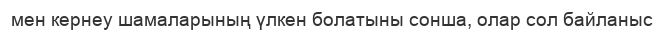
мен кернеу шамаларының үлкен болатыны сонша, олар сол байланыс